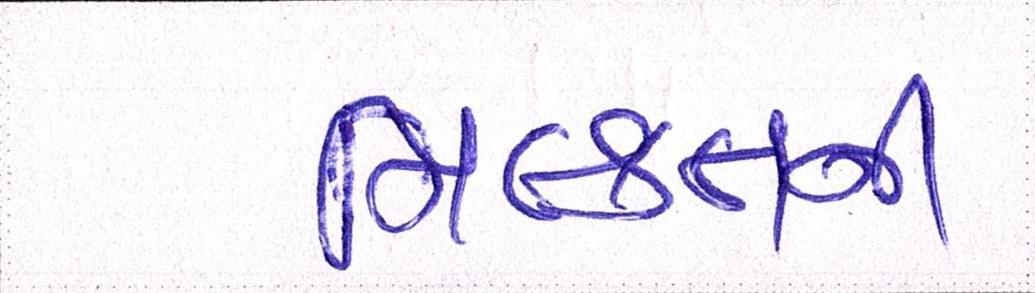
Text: મિલ્કતની